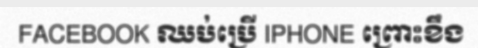
FACEBOOK ឈប់ប្រើ IPHONE ព្រោះខឹង